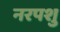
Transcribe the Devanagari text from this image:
नरपशु